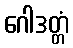
ဂေါဒတ္တံ